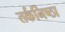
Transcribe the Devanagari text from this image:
तर्कनिष्ठा